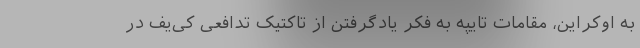
به اوکراین، مقامات تایپه به فکر یادگرفتن از تاکتیک تدافعی کی‌یف در